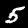
Digit: 5